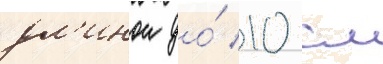
дл'инои до́ 10 см